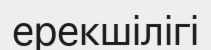
ерекшілігі